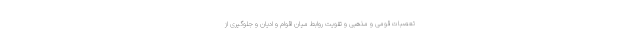
تعصبات قومی و مذهبی و تقویت روابط میان اقوام و ادیان و جلوگیری از